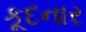
કૂદનાર